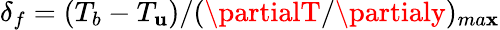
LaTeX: \delta_{f}=(T_{b}-T_{\mathbf{u}})/(\partialT/\partialy)_{ma\mathbf{x}}